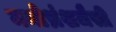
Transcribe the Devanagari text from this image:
मनोभ्रंशजैसी